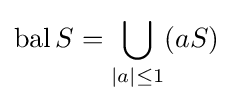
\operatorname {bal} S=\bigcup _{|a|\leq 1}(aS)